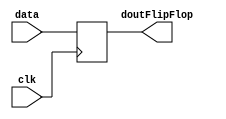
module dFlipFlop (data, clk, doutFlipFlop);

input [7:0] data;
input clk;

output [7:0] doutFlipFlop;
reg [7:0] doutFlipFlop;


always @(posedge clk)
begin
	doutFlipFlop <= data;
end
endmodule